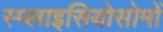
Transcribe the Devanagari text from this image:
स्प्लाइसियोसोमों